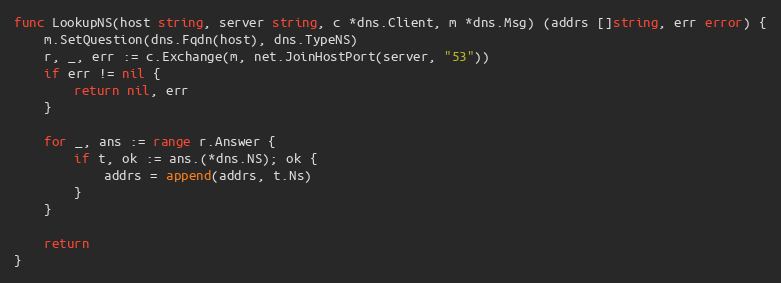
Language: Go
func LookupNS(host string, server string, c *dns.Client, m *dns.Msg) (addrs []string, err error) {
	m.SetQuestion(dns.Fqdn(host), dns.TypeNS)
	r, _, err := c.Exchange(m, net.JoinHostPort(server, "53"))
	if err != nil {
		return nil, err
	}

	for _, ans := range r.Answer {
		if t, ok := ans.(*dns.NS); ok {
			addrs = append(addrs, t.Ns)
		}
	}

	return
}